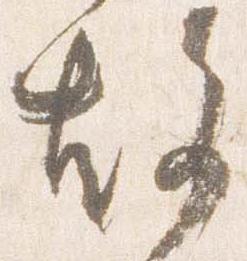
故